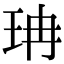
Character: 珃